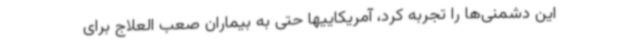
این دشمنی‌ها را تجربه کرد، آمریکاییها حتی به بیماران صعب العلاج برای